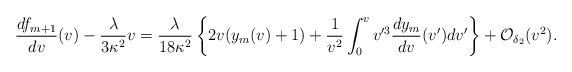
\begin{align*} \frac{df_{m+1}}{dv}(v)-\frac{\lambda}{3\kappa^2}v=\frac{\lambda}{18\kappa^2}\left\{2v(y_{m}(v)+1)+\frac{1}{v^2}\int_0^vv'^3\frac{dy_{m}}{dv}(v')dv'\right\}+\mathcal{O}_{\delta_2}(v^2).\end{align*}